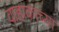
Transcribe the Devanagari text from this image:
वाहाकाच्या